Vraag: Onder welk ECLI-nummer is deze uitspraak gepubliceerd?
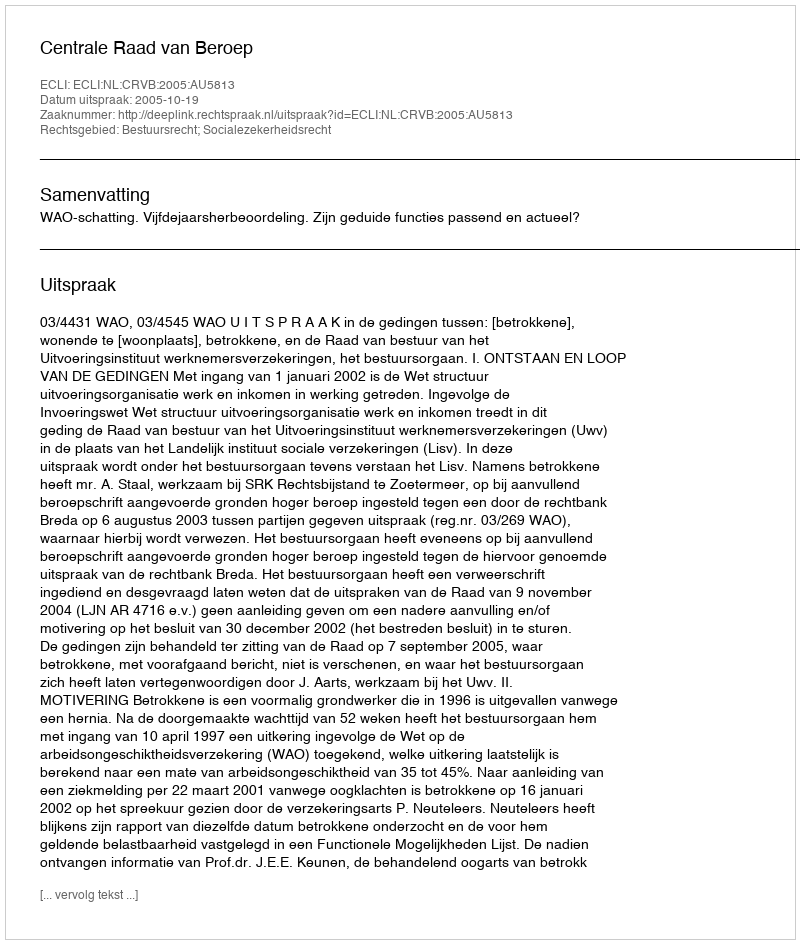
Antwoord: ECLI:NL:CRVB:2005:AU5813